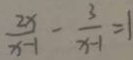
\frac { 2 x } { x - 1 } - \frac { 3 } { x - 1 } = 1